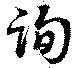
詢